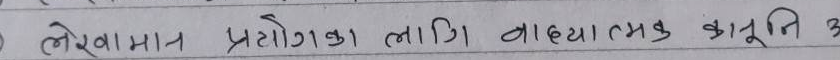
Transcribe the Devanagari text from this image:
लेखामा प्रयोगका लागि वाध्यात्मक कानूनी अ